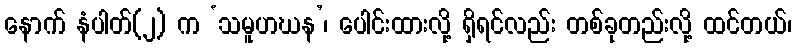
နောက် နံပါတ်(၂) က ‘သမူဟဃန’၊ ပေါင်းထားလို့ ရှိရင်လည်း တစ်ခုတည်းလို့ ထင်တယ်၊